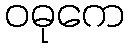
ဝဓုကေ